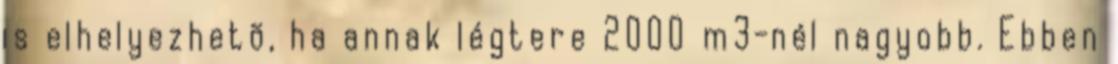
is elhelyezhetõ, ha annak légtere 2000 m3-nél nagyobb. Ebben